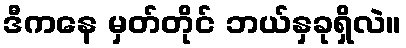
ဒီကနေ မှတ်တိုင် ဘယ်နှခုရှိလဲ။